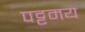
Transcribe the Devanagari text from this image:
पट्टमय